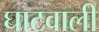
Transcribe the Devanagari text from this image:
घाटवाली